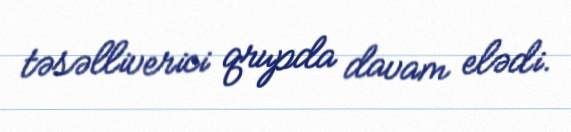
təsəlliverici qrupda davam elədi.